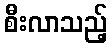
စီးလာသည့်